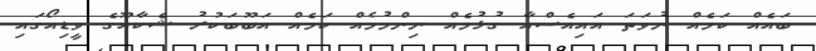
ބައެއް ކަމެއް ނުވަތަ އައިއެސްއާ ގުޅުމެއް ނިންމުމެއް ކަމެއް އަބޫބަކުރު ޝެކާއޫގެ ވީޑިއޯގައި